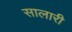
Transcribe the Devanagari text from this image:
सालारी